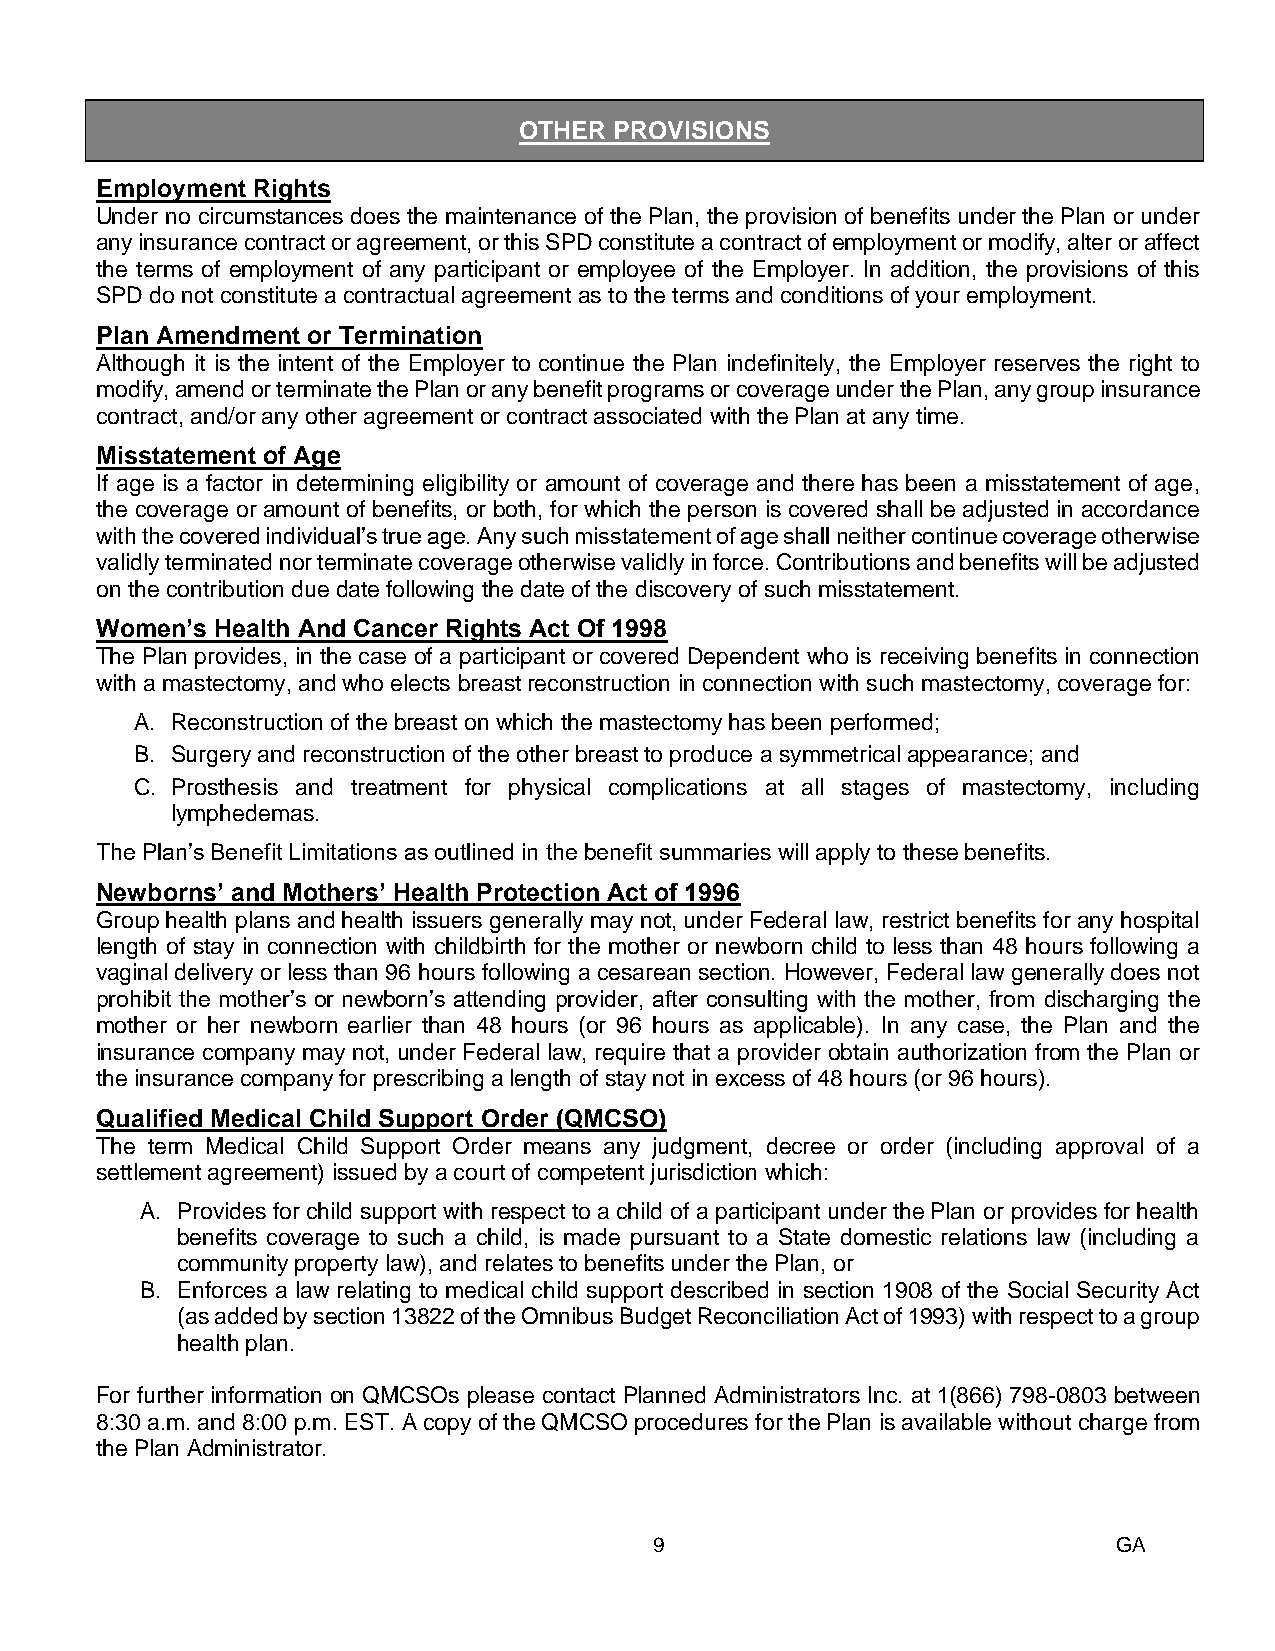
OTHER  PROVISIONS
 8B
 Employment Rights
 Under no circumstances does the maintenance of the Plan, the provision of benefits under the Plan or under
 any insurance contract or agreement, or this SPD constitute a contract of employment or modify, alter or affect
 the terms of employment of any participant or employee of the Employer. In addition, the provisions of this
 SPD do not constitute a contractual agreement as to the terms and conditions of your employment.
 Plan Amendment or Termination
 Although it is the intent of the Employer to continue the Plan indefinitely, the Employer reserves the right to
 modify, amend or terminate the Plan or any benefit programs or coverage under the Plan, any group insurance
 contract, and/or any other agreement or contract associated with the Plan at any time.
 Misstatement of Age
 If age is a factor in determining eligibility or amount of coverage and there has been a misstatement of age,
 the coverage or amount of benefits, or both, for which the person is covered shall be adjusted in accordance
 with the covered individual’s true age. Any such misstatement of age shall neither continue coverage otherwise
 validly terminated nor terminate coverage otherwise validly in force. Contributions and benefits will be adjusted
 on the contribution due date following the date of the discovery of such misstatement.
 Women’s Health And Cancer Rights Act Of 1998
 The Plan provides, in the case of a participant or covered Dependent who is receiving benefits in connection
 with a mastectomy, and who elects breast reconstruction in connection with such mastectomy, coverage for:
 A. Reconstruction of the breast on which the mastectomy has been performed;
 B. Surgery and reconstruction of the other breast to produce a symmetrical appearance; and
 C. Prosthesis and treatment for physical complications at all stages of mastectomy, including
 lymphedemas.
 The Plan’s Benefit Limitations as outlined in the benefit summaries will apply to these benefits.
 Newborns’ and Mothers’ Health Protection Act of 1996
 Group health plans and health issuers generally may not, under Federal law, restrict benefits for any hospital
 length of stay in connection with childbirth for the mother or newborn child to less than 48 hours following a
 vaginal delivery or less than 96 hours following a cesarean section. However, Federal law generally does not
 prohibit the mother’s or newborn’s attending provider, after consulting with the mother, from discharging the
 mother or her newborn earlier than 48 hours (or 96 hours as applicable). In any case, the Plan and the
 insurance company may not, under Federal law, require that a provider obtain authorization from the Plan or
 the insurance company for prescribing a length of stay not in excess of 48 hours (or 96 hours).
 Qualified Medical Child Support Order (QMCSO)
 The term Medical Child Support Order means any judgment, decree or order (including approval of a
 settlement agreement) issued by a court of competent jurisdiction which:
 A. Provides for child support with respect to a child of a participant under the Plan or provides for health
 benefits coverage to such a child, is made pursuant to a State domestic relations law (including a
 community property law), and relates to benefits under the Plan, or
 B. Enforces a law relating to medical child support described in section 1908 of the Social Security Act
 (as added by section 13822 of the Omnibus Budget Reconciliation Act of 1993) with respect to a group
 health plan.
 For further information on QMCSOs please contact Planned Administrators Inc. at 1(866) 798-0803 between
 8:30 a.m. and 8:00 p.m. EST. A copy of the QMCSO procedures for the Plan is available without charge from
 t he Plan Administrator.
 9                              GA